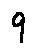
9